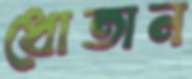
ধোতান